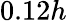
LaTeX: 0.12h